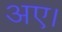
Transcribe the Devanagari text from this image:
अए।